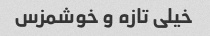
خیلی تازه و خوشمزس